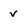
Character: v